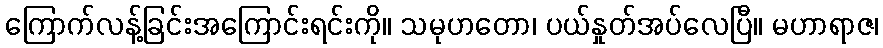
ကြောက်လန့်ခြင်းအကြောင်းရင်းကို။ သမုဟတော၊ ပယ်နှုတ်အပ်လေပြီ။ မဟာရာဇ၊